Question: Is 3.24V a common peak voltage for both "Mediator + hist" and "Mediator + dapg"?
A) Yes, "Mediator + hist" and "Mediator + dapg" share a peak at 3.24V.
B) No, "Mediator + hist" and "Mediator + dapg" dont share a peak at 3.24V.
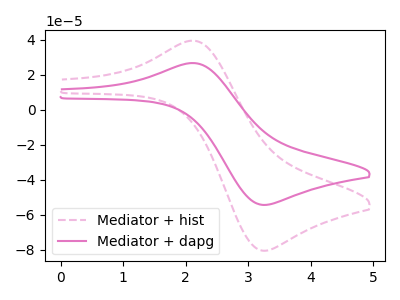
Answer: <think>The pink dashed curve "Mediator + hist" has an anodic peak at (2.15V, 39.25uA) and a cathodic peak at (3.25V, -80.60uA). The pink curve "Mediator + dapg" has an anodic peak at (2.15V, 26.50uA) and a cathodic peak at (3.25V, -54.45uA).</think>
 <answer>A) Yes, "Mediator + hist" and "Mediator + dapg" share a peak at 3.24V.</answer>
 <eval>A</eval>